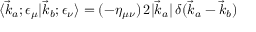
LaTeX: \langle { \vec { k } } _ { a } ; \epsilon _ { \mu } | { \vec { k } } _ { b } ; \epsilon _ { \nu } \rangle = ( - \eta _ { \mu \nu } ) \, 2 | { \vec { k } } _ { a } | \, \delta ( { \vec { k } } _ { a } - { \vec { k } } _ { b } )